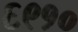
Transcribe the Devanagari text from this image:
६९१०